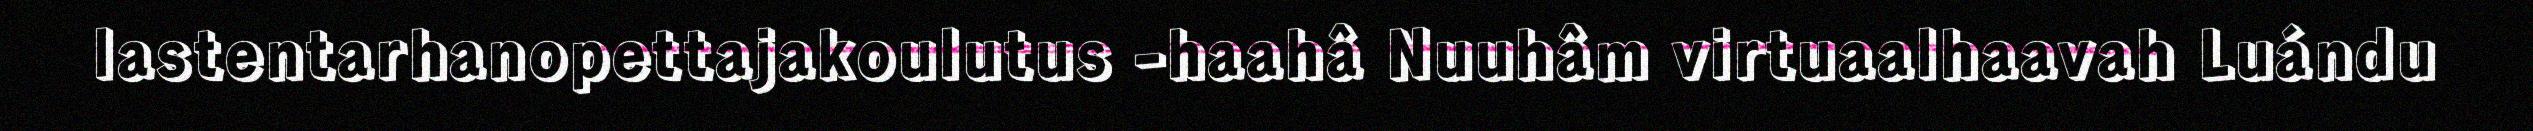
lastentarhanopettajakoulutus -haahâ Nuuhâm virtuaalhaavah Luándu